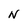
Character: N